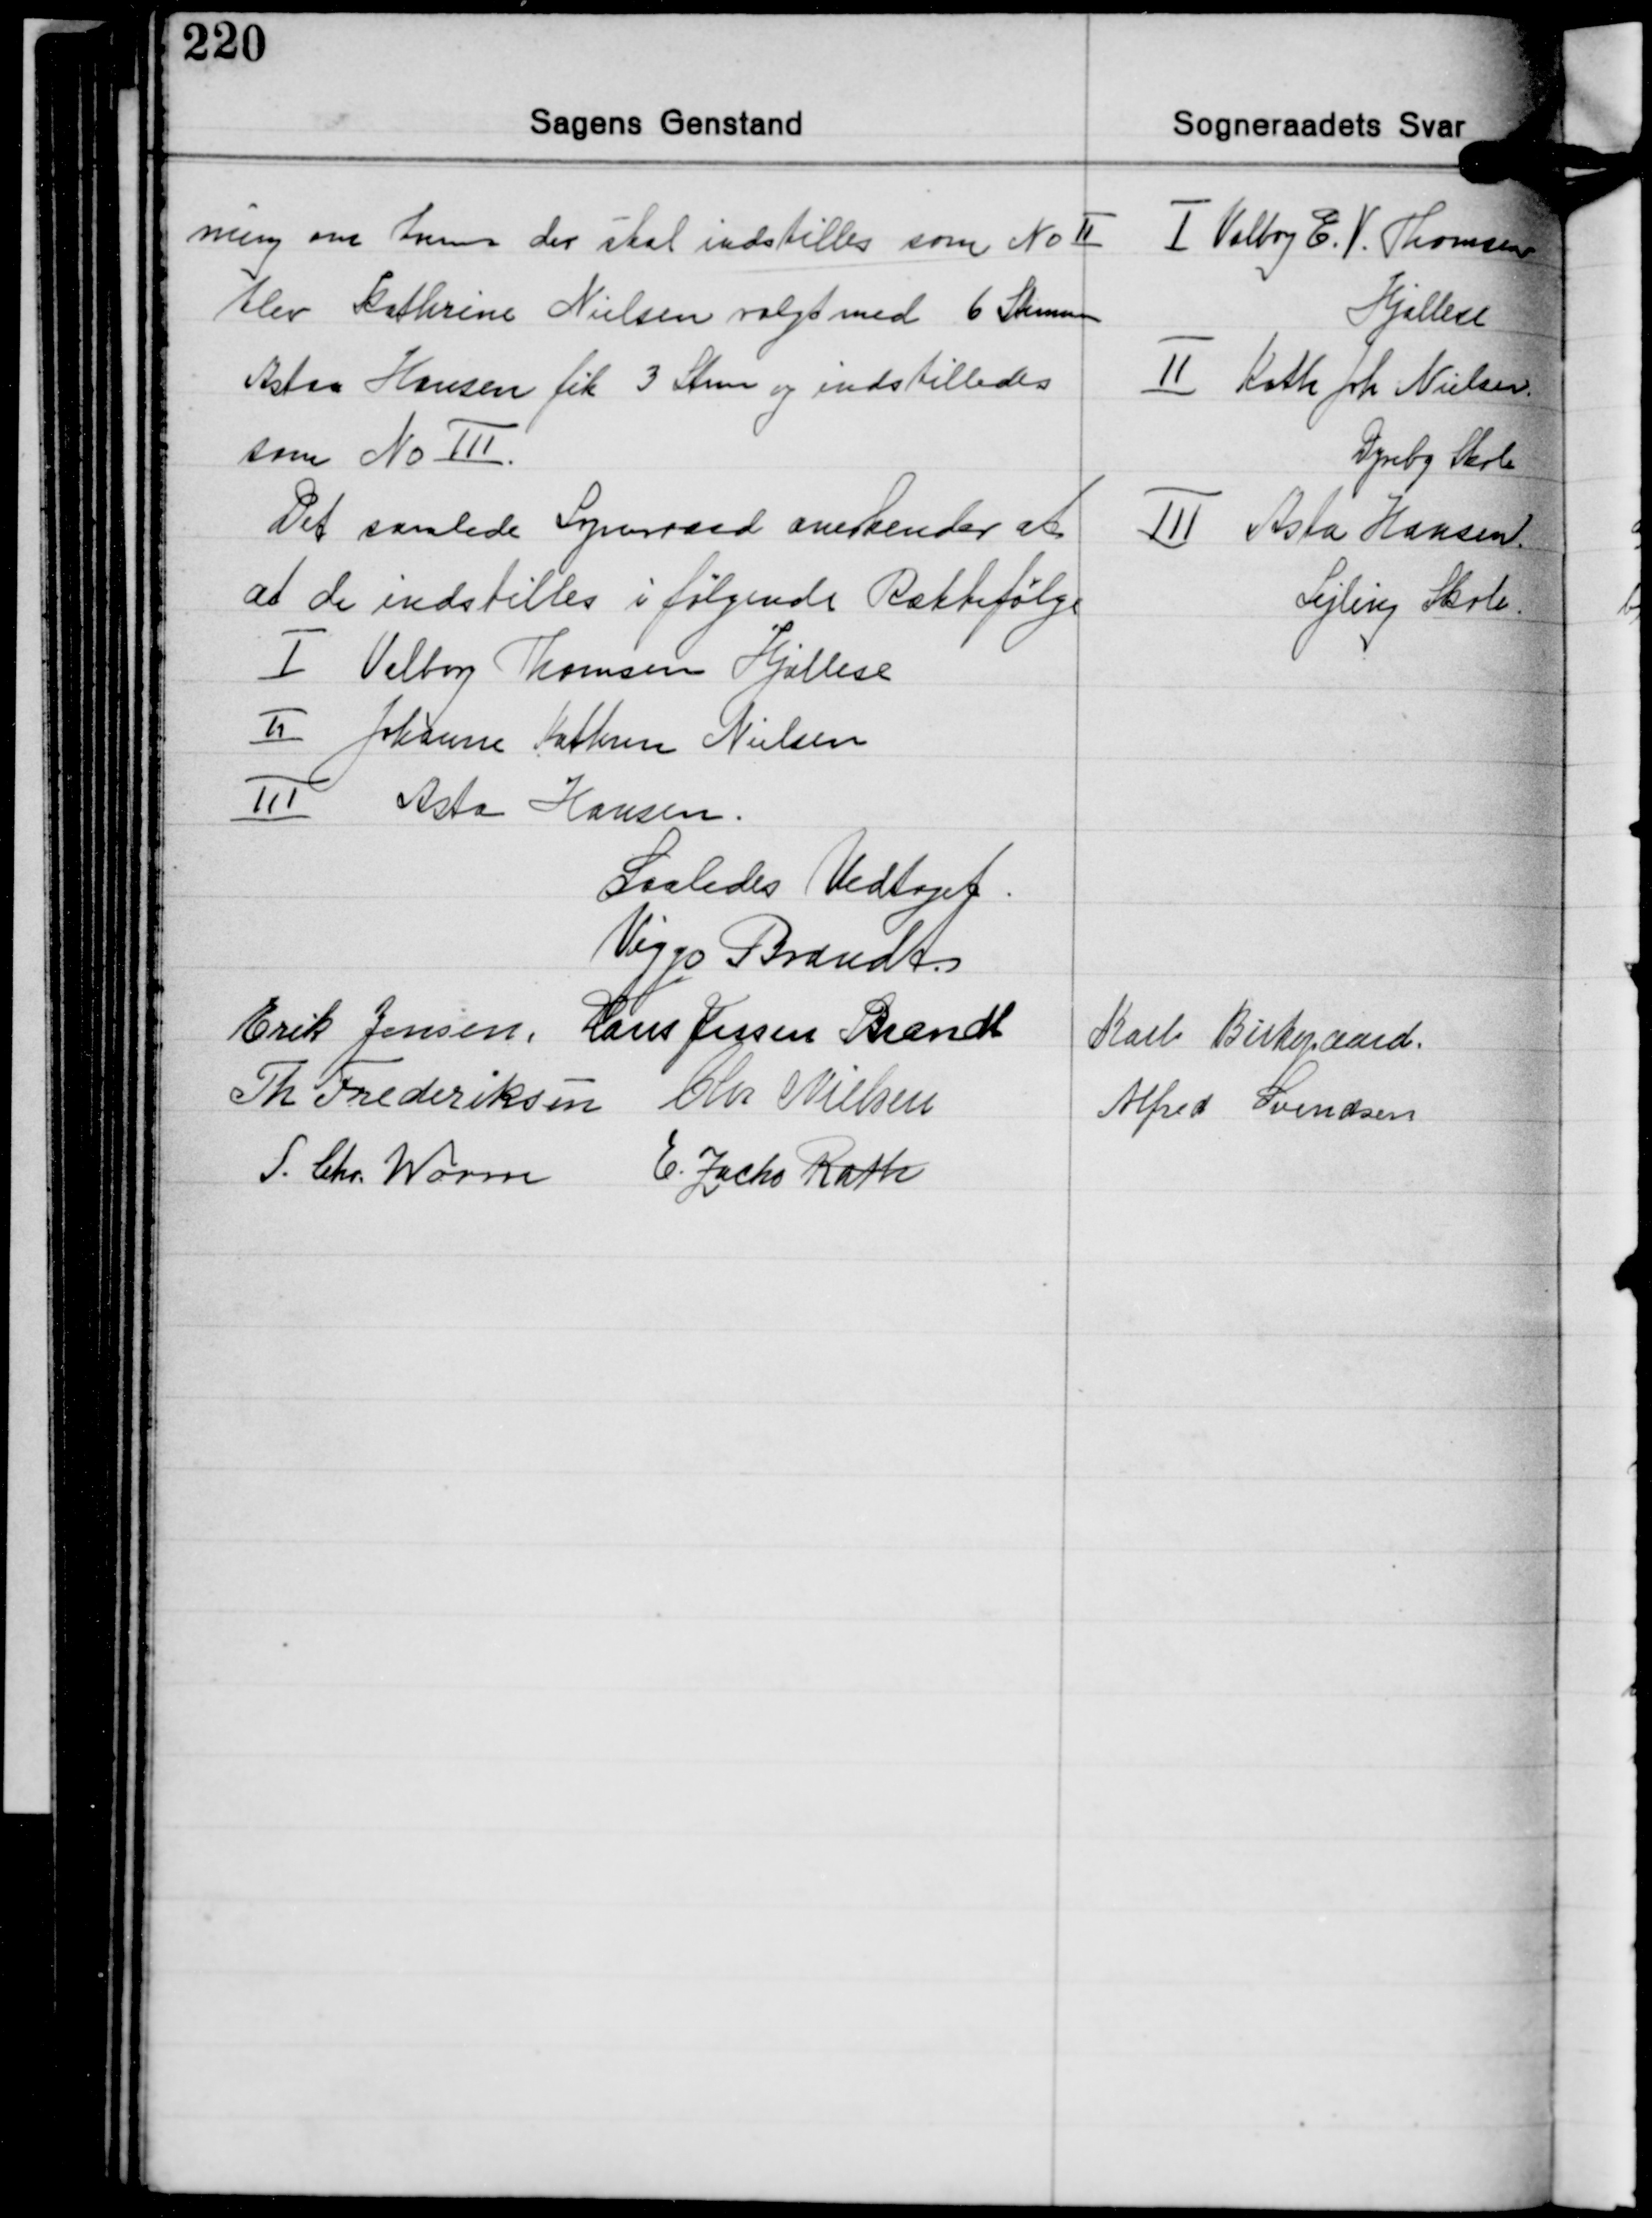
Transskription:
ning om hvem der skal indstilles som No Ⅱ
blev Kathrine Nielsen valgt med 6 Stemmer
Asta Hansen fik 3 Stem. og indstilledes
som No Ⅲ.
Det samlede Sogneraad anerkender at
at de indstilles i følgende Rækkefølge
Ⅰ Valborg Thomsen Hjallese
Ⅱ Johanne Kathrine Nielsen
Ⅲ Asta Hansen.

Ⅰ Valborg E. V. Thomsen
Hjallese
Ⅱ Kath Joh. Nielsen
Dyreby Skole
Ⅲ Asta Hansen
Sejling Skole

Saaledes Vedtaget.
Viggo Brandt
Erik Jensen Hans Jessen Brandt
Karl Birkegaard
Th. Frederiksen Chr. Nielsen Alfred Svendsen
S. Chr. Worm E. Zacho Rath